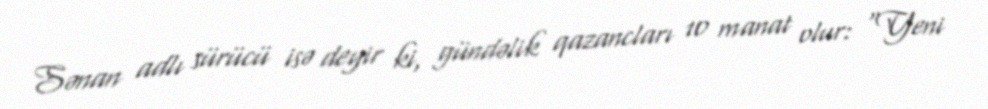
Sənan adlı sürücü isə deyir ki, gündəlik qazancları 10 manat olur: “Yeni